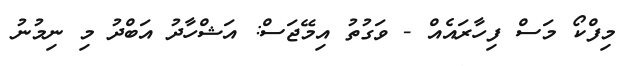
މިފްކޯ މަސް ފިހާރައެއް - ވަގުތު އިމޭޖަސް: އަޝްހާދު އަބްދު މި ނިމުނު